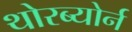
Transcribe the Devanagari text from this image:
थोरब्योर्न